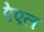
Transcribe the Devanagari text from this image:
ऐएल